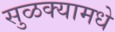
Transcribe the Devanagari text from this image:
सुळक्यामधे